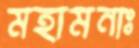
মহামনাঃ